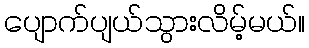
ပျောက်ပျယ်သွားလိမ့်မယ်။